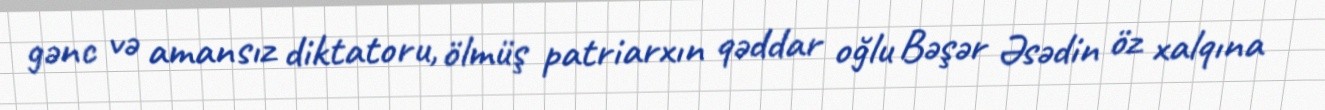
gənc və amansız diktatoru, ölmüş patriarxın qəddar oğlu Bəşər Əsədin öz xalqına